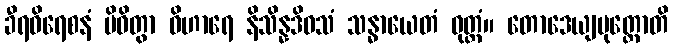
ခီရဝိရေစနံ ပိဝိတွာ ဝိဟာရေ နိသိန္နဒိဝသံ သန္ဓာယေတံ ဝုတ္တံ။ တောဒေယျပုတ္တောတိ